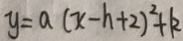
y = a ( x - h + 2 ) ^ { 2 } + k